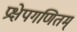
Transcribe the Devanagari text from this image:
प्रक्षेपगणितम्